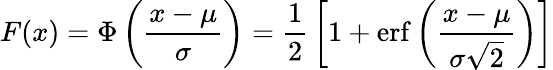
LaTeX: F(x)=\Phi\left({\frac{x-\mu}{\sigma}}\right)={\frac{1}{2}}\left[1+\operatorname{erf}\left({\frac{x-\mu}{\sigma{\sqrt{2}}}}\right)\right]